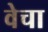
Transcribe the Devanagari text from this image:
वेचा